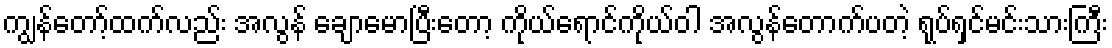
ကျွန်တော့်ထက်လည်း အလွန် ချောမောပြီးတော့ ကိုယ်ရောင်ကိုယ်ဝါ အလွန်တောက်ပတဲ့ ရုပ်ရှင်မင်းသားကြီး